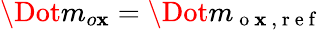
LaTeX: \Dot{m}_{o\mathbf{x}}=\Dot{m}_{\mathrm{{~o~\mathbf{x}~,~r~e~f~}}}